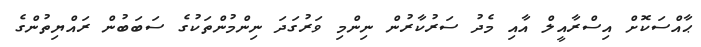
ޙާއްސަކޮށް އިސްރާއީލް އާއި މެދު ސަރުކާރުން ނިންމި ވަރުގަދަ ނިންމުންތަކުގެ ސަބަބުން ރައްޔިތުންގެ